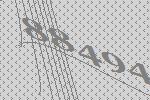
88494